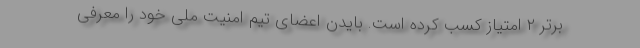
برتر ۲ امتیاز کسب کرده است. بایدن اعضای تیم امنیت ملی خود را معرفی